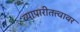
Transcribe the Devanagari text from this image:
व्यापारीतत्त्वावर